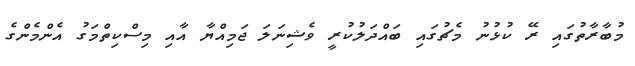
މުބާރާތުގައި ރޭ ކުޅުނު މެޗުގައި ބައްދަލުކުރީ ވެޝިނަލަ ޖަމިއްޔާ އާއި މިސްކިތްމަގު އެންމެންގެ